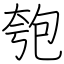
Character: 匏